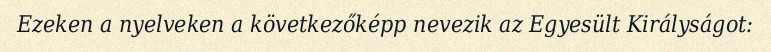
Ezeken a nyelveken a következőképp nevezik az Egyesült Királyságot: